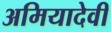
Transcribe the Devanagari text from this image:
अमियादेवी